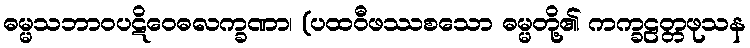
ဓမ္မသဘာဝပဋိဝေဓလက္ခဏာ၊ (ပထဝီဖဿစသော ဓမ္မတို့၏ ကက္ခဠတ္တဖုသန